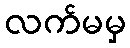
လက်မမှ